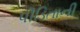
પીડિતાની